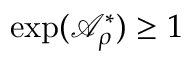
\exp ( \mathcal { A } _ { \rho } ^ { \ast } ) \geq 1